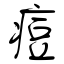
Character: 痘